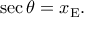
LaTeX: \quad \sec \theta = x _ { \mathrm { E } } .